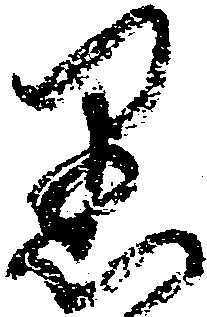
黒